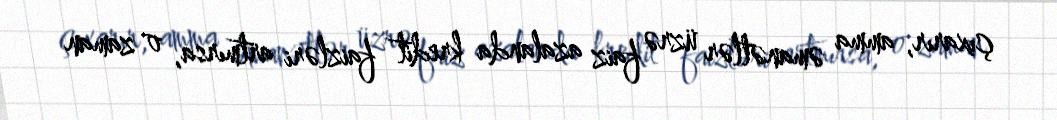
çıxarır, amma əmanətlər üzrə faiz azalanda kredit faizləri artmırsa, o zaman